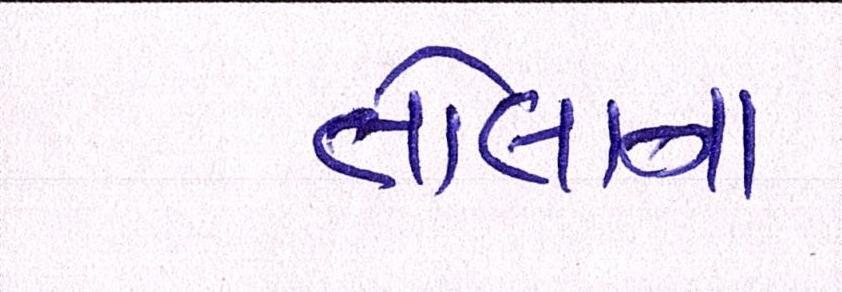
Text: તોલાના